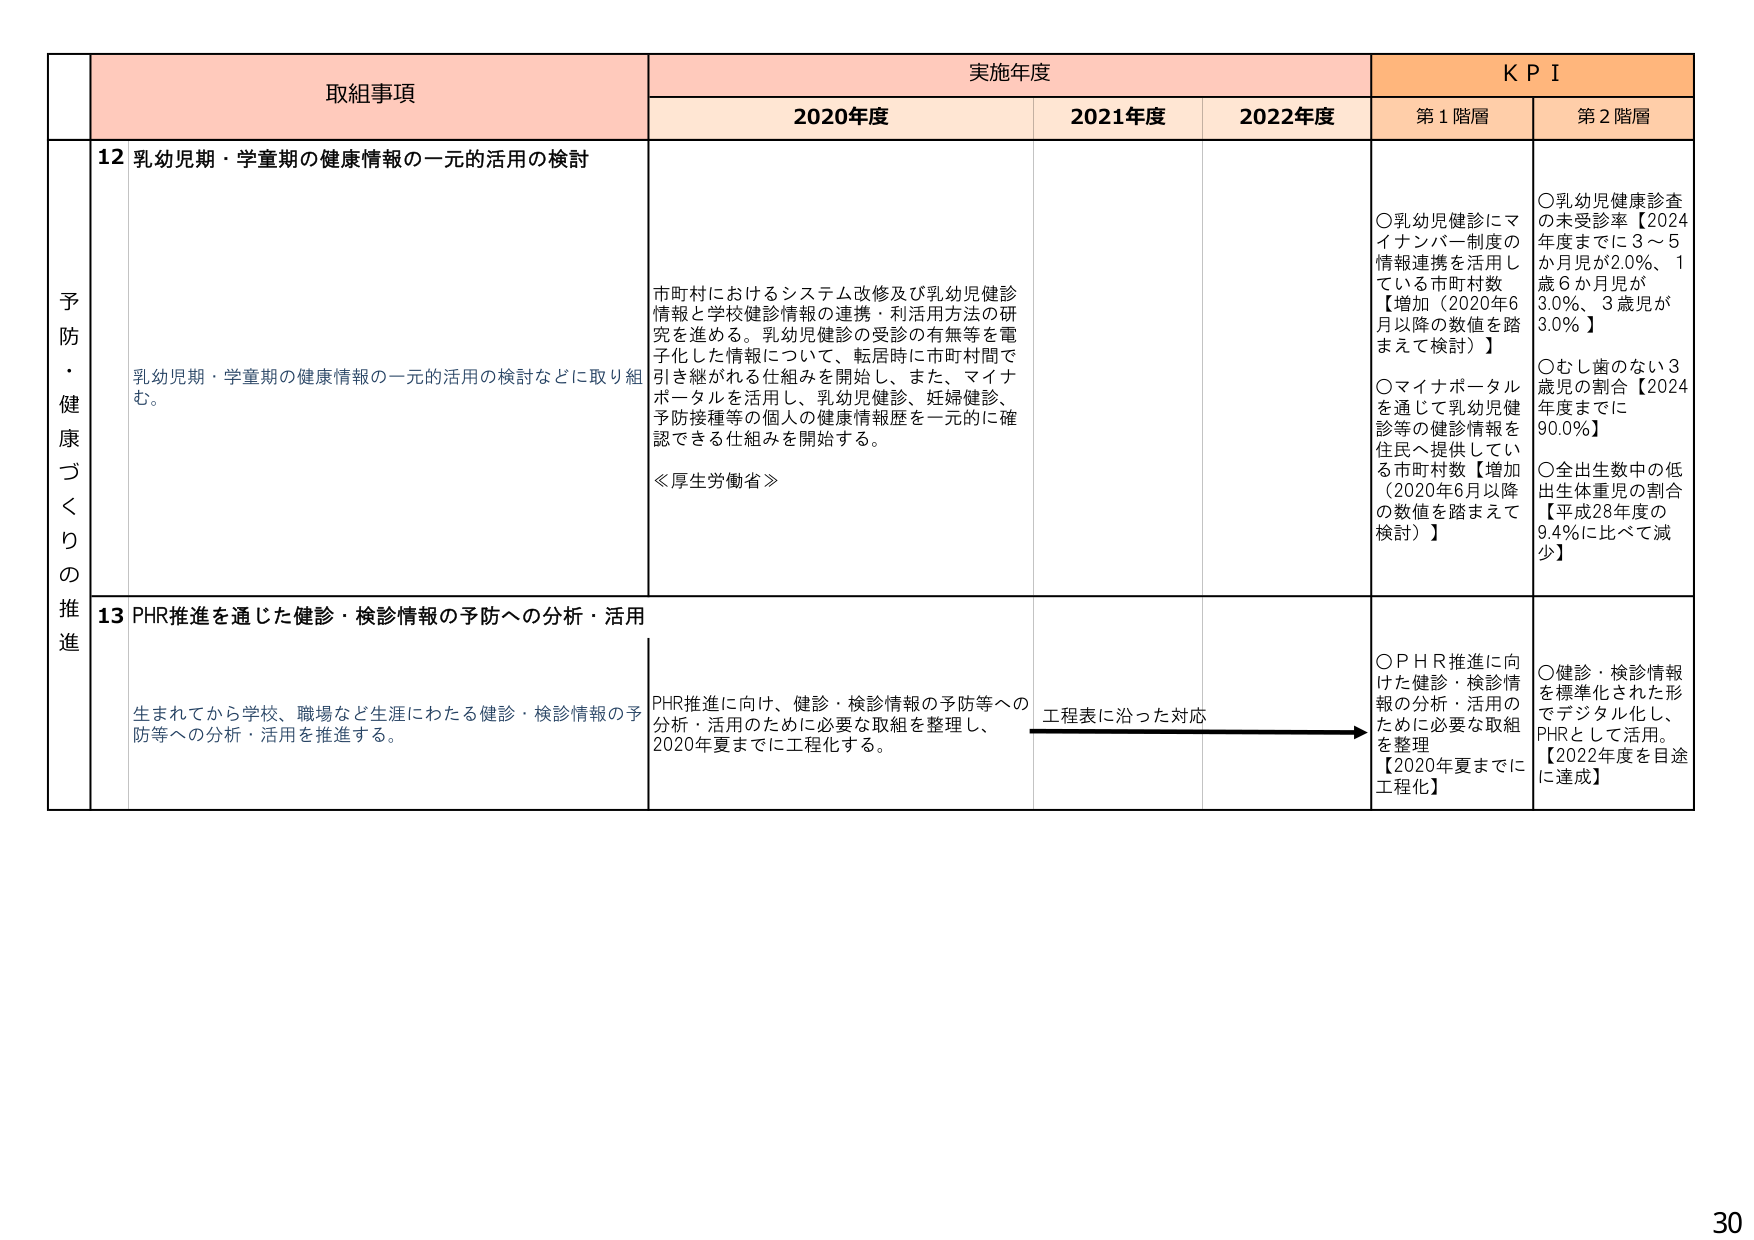
予防・健康づくりの推進

取組事項

実施年度

KPI

2020年度

2021年度

2022年度

第1階層

第2階層

12 乳幼児期・学童期の健康情報の一元的活用の検討

乳幼児期・学童期の健康情報の一元的活用の検討などに取り組む。

市町村におけるシステム改修及び乳幼児健診情報と学校健診情報の連携・利活用方法の研究を進める。乳幼児健診の受診の有無等を電子化した情報について、転居時に市町村間で引き継がれる仕組みを開始し、また、マイナポータルを活用し、乳幼児健診、妊婦健診、予防接種等の個人の健康情報歴を一元的に確認できる仕組みを開始する。

≪厚生労働省≫

○乳幼児健診にマイナンバー制度の情報連携を活用している市町村数【増加（2020年6月以降の数値を踏まえて検討）】

○マイナポータルを通じて乳幼児健診等の健診情報を住民へ提供している市町村数【増加（2020年6月以降の数値を踏まえて検討）】

○乳幼児健康診査の未受診率【2024年度までに3〜5か月児が2.0％、1歳6か月児が3.0％、3歳児が3.0％】

○むし歯のない3歳児の割合【2024年度までに90.0％】

○全出生数中の低出生体重児の割合【平成28年度の9.4％に比べて減少】

13 PHR推進を通じた健診・検診情報の予防への分析・活用

生まれてから学校、職場など生涯にわたる健診・検診情報の予防等への分析・活用を推進する。

PHR推進に向け、健診・検診情報の予防等への分析・活用のために必要な取組を整理し、2020年夏までに工程化する。

工程表に沿った対応

○PHR推進に向けた健診・検診情報の分析・活用のために必要な取組を整理【2020年夏までに工程化】

○健診・検診情報を標準化された形でデジタル化し、PHRとして活用。【2022年度を目途に達成】

30